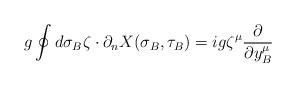
LaTeX: \begin{align*}g\oint d\sigma_B \zeta\cdot \partial_n X(\sigma_B,\tau_B) = i g\zeta^\mu{\partial\over \partial y_B^\mu}\end{align*}